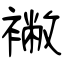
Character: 襒